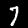
Digit: 7